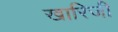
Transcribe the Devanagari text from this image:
खारिजी